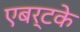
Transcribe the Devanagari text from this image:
एबर्टके